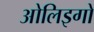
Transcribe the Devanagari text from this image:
ओलिइगो